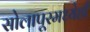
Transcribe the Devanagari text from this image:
सोलापूरमध्येही